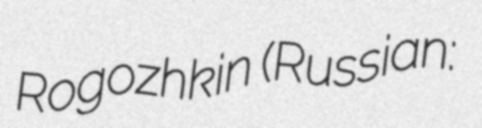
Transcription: Rogozhkin (Russian: Алекса́ндр